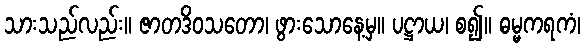
သားသည်လည်း။ ဇာတဒိဝသတော၊ ဖွားသောနေ့မှ။ ပဋ္ဌာယ၊ စ၍။ ဓမ္မကရကံ၊